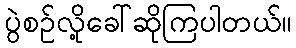
ပွဲစဉ်လို့ခေါ်ဆိုကြပါတယ်။